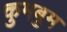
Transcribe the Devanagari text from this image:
कुमबुम